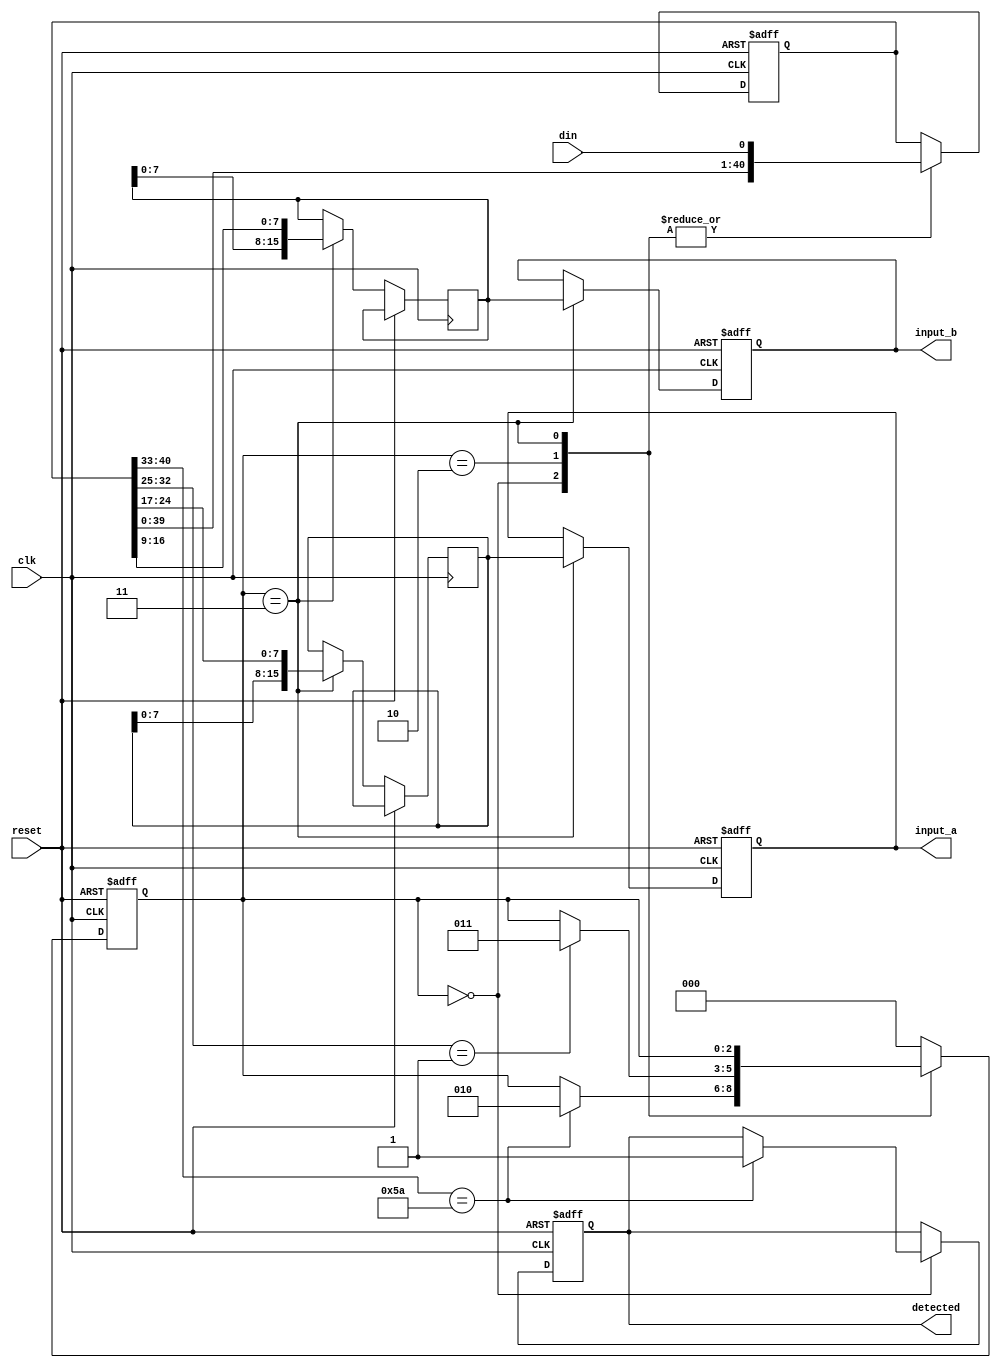
//Listens for 01011010 and control bit. Puts it all in a shift register, then seperates input A, Input B into 2 16 bit registers
module sequence_detector(
    input clk,           // Clock input
    input reset,         // Reset input
    input din,           // Serial input
    output reg detected, // Output indicating sequence detection
    output reg [15:0] input_a, // Shift register for input_a
    output reg [15:0] input_b  // Shift register for input_b
);

// Define states for FSM
parameter IDLE = 3'b000;
parameter DETECTING_PATTERN = 3'b001;
parameter DETECTING_CONTROL = 3'b010;
parameter SHIFTING = 3'b011;

reg [7:0] pattern = 8'b01011010; // Sequence to detect
reg [7:0] control_pattern = 8'b1; // Control bit pattern
reg [40:0] shift_reg; // 41-bit shift register to accommodate serial input
reg [2:0] state;      // FSM state register
reg [15:0] input_a_reg, input_b_reg; // Temporary registers for shifting input_a and input_b

always @(posedge clk or posedge reset) begin
    if (reset) begin
        shift_reg <= 41'b0; // Reset shift register
        state <= IDLE;       // Reset state
        detected <= 1'b0;    // Reset detected signal
        input_a <= 16'b0;    // Reset input_a shift register
        input_b <= 16'b0;    // Reset input_b shift register
    end else begin
        case (state)
            IDLE: begin
                shift_reg <= {shift_reg[39:0], din}; // Shift in serial input
                if (shift_reg[40:33] == pattern) begin
                    state <= DETECTING_CONTROL; // Move to detecting control state if pattern detected
                    detected <= 1'b1;            // Set detected signal
                end
            end
            DETECTING_CONTROL: begin
                shift_reg <= {shift_reg[39:0], din}; // Shift in serial input
                if (shift_reg[32:25] == control_pattern) begin
                    state <= SHIFTING; // Move to shifting state if control pattern detected
                end
            end
            SHIFTING: begin
                shift_reg <= {shift_reg[39:0], din}; // Shift in serial input
                input_a_reg <= {input_a_reg[14:0], shift_reg[24:17]}; // Shift input_a
                input_b_reg <= {input_b_reg[14:0], shift_reg[16:9]};   // Shift input_b
                input_a <= input_a_reg; // Update input_a shift register
                input_b <= input_b_reg; // Update input_b shift register
            end
            default: state <= IDLE;
        endcase
    end
end

endmodule